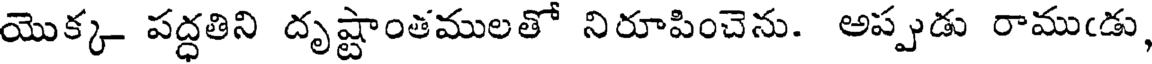
యొక్క పద్ధతిని దృష్టాంతములతో నిరూపించెను. అప్పుడు రాముఁడు,